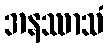
အနဿာသံ